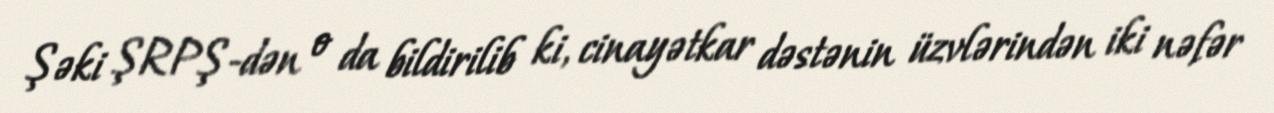
Şəki ŞRPŞ-dən o da bildirilib ki, cinayətkar dəstənin üzvlərindən iki nəfər